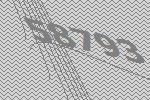
58793